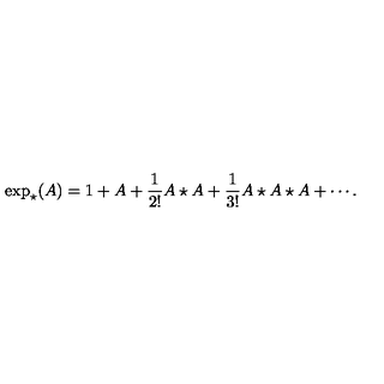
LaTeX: \exp _ { \star } ( A ) = 1 + A + \frac { 1 } { 2 ! } A \star A + \frac { 1 } { 3 ! } A \star A \star A + \cdots .